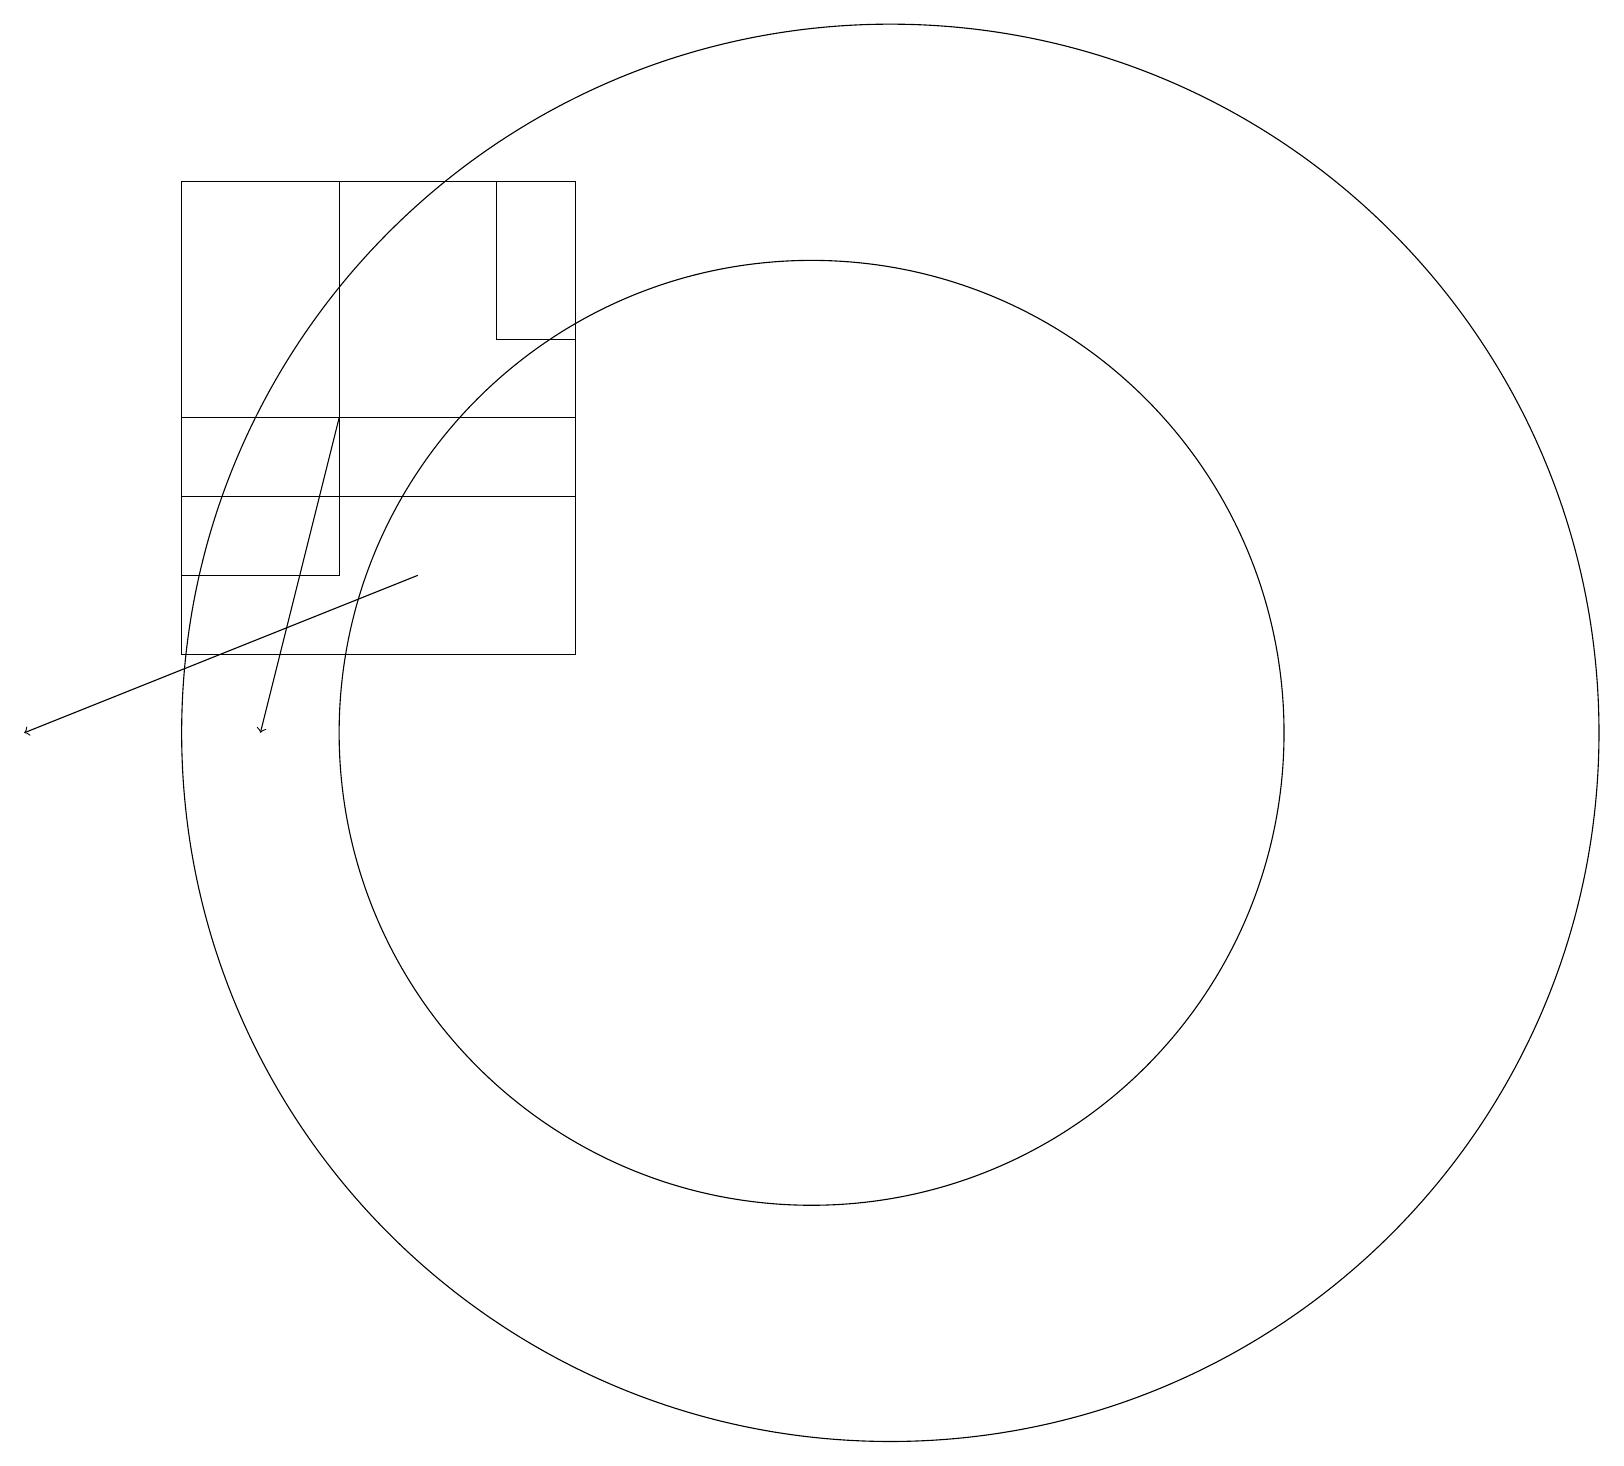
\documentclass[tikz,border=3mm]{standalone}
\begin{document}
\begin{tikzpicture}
\draw[->] (5,12) -- (0,10);
\draw (7,15) rectangle (6,17);
\draw (11,10) circle (9);
\draw[->] (4,14) -- (3,10);
\draw (10,10) circle (6);
\draw (2,12) rectangle (4,17);
\draw (7,11) rectangle (2,14);
\draw (2,17) rectangle (7,13);
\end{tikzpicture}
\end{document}